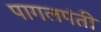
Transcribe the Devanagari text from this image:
पागलपंती